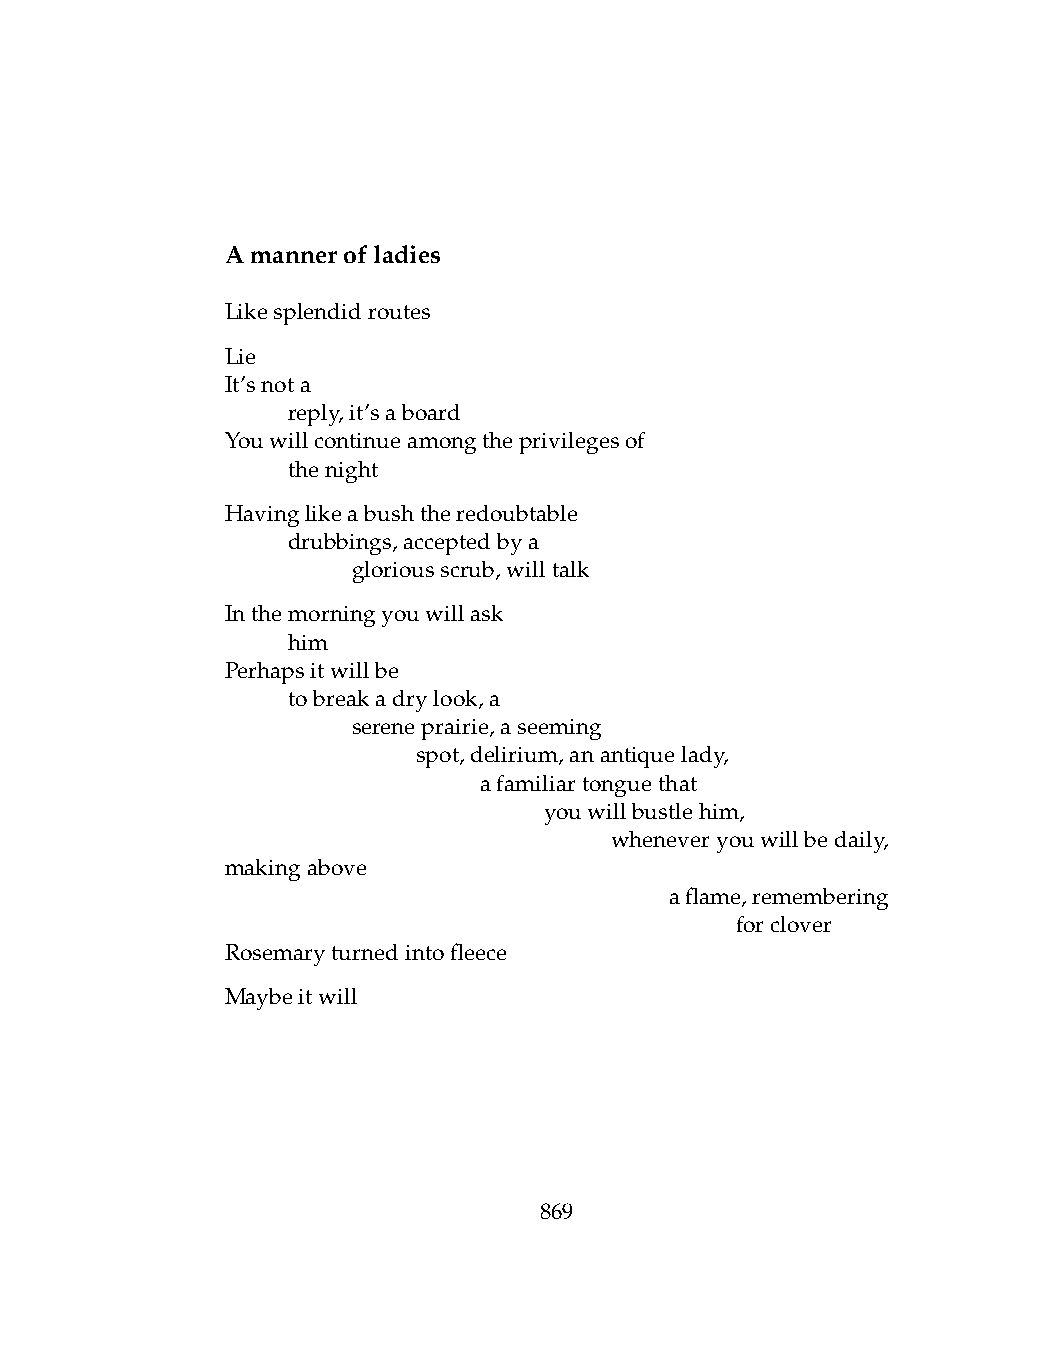
Amannerofladies
 Likesplendidroutes
 Lie
 It’snota
 .   reply,it’saboard
 Youwillcontinueamongtheprivilegesof
 .   thenight
 Havinglikeabushtheredoubtable
 .   drubbings,acceptedbya
 .   .   gloriousscrub,willtalk
 Inthemorningyouwillask
 .   him
 Perhapsitwillbe
 .   tobreakadrylook,a
 .   .   sereneprairie,aseeming
 .   .   .    spot,delirium,anantiquelady,
 .   .   .    .   afamiliartonguethat
 .   .   .    .   .   youwillbustlehim,
 .   .   .    .   .   .   wheneveryouwillbedaily,
 makingabove
 .   .   .   .    .   .   .   aflame,remembering
 .   .   .    .   .   .   .   .    forclover
 Rosemaryturnedintofleece
 Maybeitwill
 869